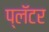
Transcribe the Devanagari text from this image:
प्लॅटर